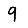
Digit: 9